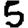
Digit: 5